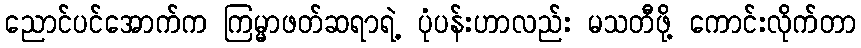
ညောင်ပင်အောက်က ကြမ္မာဖတ်ဆရာရဲ့ ပုံပန်းဟာလည်း မသတီဖို့ ကောင်းလိုက်တာ